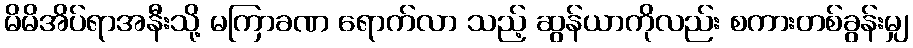
မိမိအိပ်ရာအနီးသို့ မကြာခဏ ရောက်လာ သည့် ဆွန်ယာကိုလည်း စကားတစ်ခွန်းမျှ